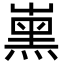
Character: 𡴦